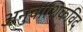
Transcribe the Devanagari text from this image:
अनुवांशिकविद